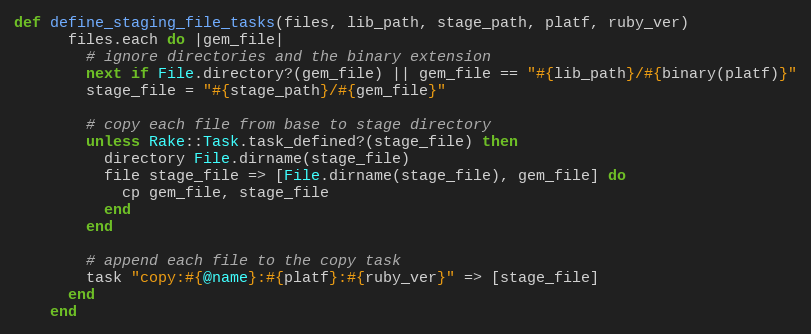
Language: Ruby
def define_staging_file_tasks(files, lib_path, stage_path, platf, ruby_ver)
      files.each do |gem_file|
        # ignore directories and the binary extension
        next if File.directory?(gem_file) || gem_file == "#{lib_path}/#{binary(platf)}"
        stage_file = "#{stage_path}/#{gem_file}"

        # copy each file from base to stage directory
        unless Rake::Task.task_defined?(stage_file) then
          directory File.dirname(stage_file)
          file stage_file => [File.dirname(stage_file), gem_file] do
            cp gem_file, stage_file
          end
        end

        # append each file to the copy task
        task "copy:#{@name}:#{platf}:#{ruby_ver}" => [stage_file]
      end
    end